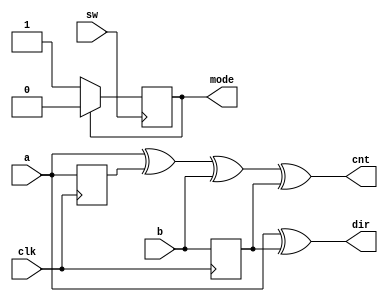
module decoder (clk, sw, a, b, cnt, dir, mode);
	
	// Declaration
	input clk, sw, a, b;
	output cnt, dir; 
	output reg mode;
	
	// Essentials
	reg a_delayed, b_delayed;
	
	always @(posedge clk) a_delayed <= a;
	always @(posedge clk) b_delayed <= b;
	
	assign cnt = a ^ a_delayed ^ b ^ b_delayed;
	assign dir = a ^ b_delayed;
	
	always @(posedge sw) begin
		if(!mode)
			mode <= 1;
		else
			mode <= 0;
	end
	
endmodule